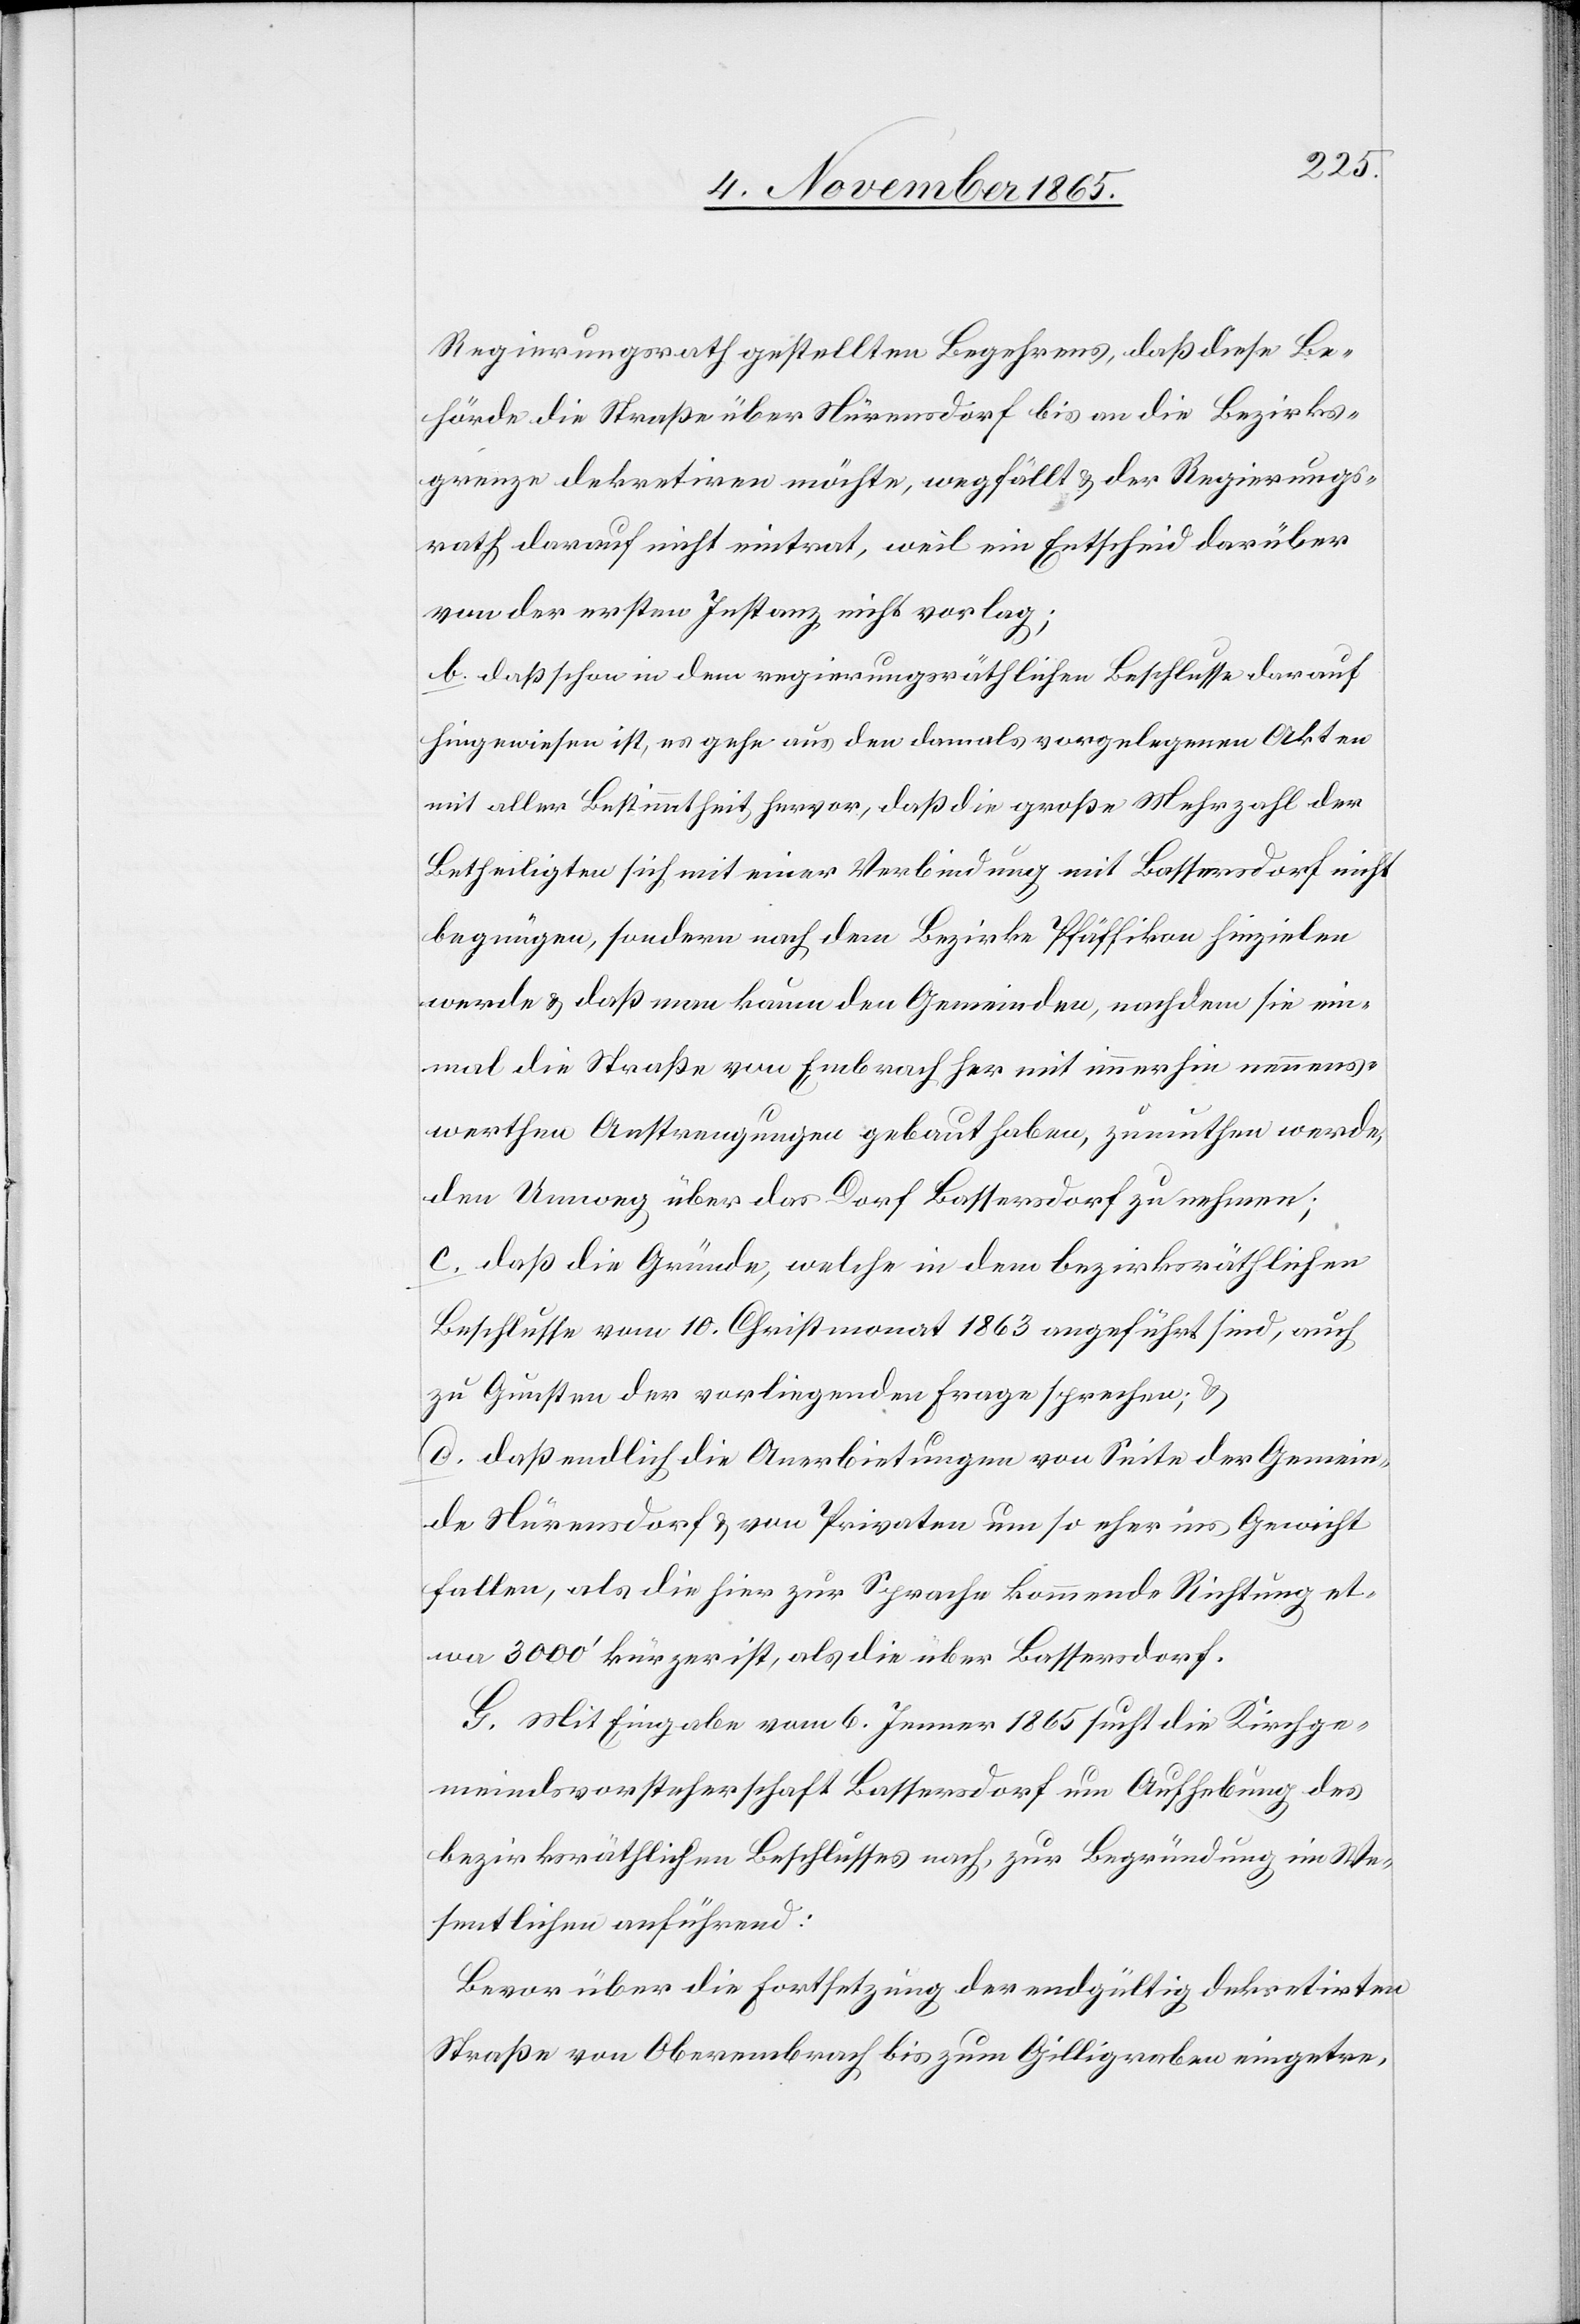
Regierungsrath gestellten Begehrens, daß diese Be¬
hörde die Straße über Nürensdorf bis an die Bezirks¬
grenze dekretiren möchte, wegfällt & der Regierungs¬
rath darauf nicht eintrat, weil ein Entscheid darüber
von der ersten Instanz nicht vorlag;
b. daß schon in dem regierungsräthlichen Beschlusse darauf
hingewiesen ist, es gehe aus den damals vorgelegenen Akten
mit aller Bestimmtheit hervor, daß die große Mehrzahl der
Betheiligten sich mit einer Verbindung mit Bassersdorf nicht
begnügen, sondern nach dem Bezirke Pfäffikon hinzielen
werde & daß man kaum den Gemeinden, nachdem sie ein¬
mal die Straße von Embrach her mit immerhin nennens¬
werthen Anstrengungen gebaut haben, zumuthen werde,
den Umweg über das Dorf Bassersdorf zu nehmen;
c. daß die Gründe, welche in dem bezirksräthlichen
Beschlusse vom 10. Christmonat 1863 angeführt sind, auch
zu Gunsten der vorliegenden Frage sprechen; &
d. daß endlich die Anerbietungen von Seite der Gemein¬
de Nürensdorf & von Privaten um so eher ins Gewicht
fallen, als die hier zur Sprache kommende Richtung et¬
wa 3000’ kürzer ist, als die über Bassersdorf.
G. Mit Eingabe vom 6. Jenner 1865 sucht die Kirchge¬
meindsvorsteherschaft Bassersdorf um Aufhebung des
bezirksräthlichen Beschlusses nach, zur Begründung im We¬
sentlichen anführend:
Bevor über die Fortsetzung der endgültig dekretirten
Straße von Oberembrach bis zum Gilligraben eingetre-